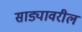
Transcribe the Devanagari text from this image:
साड्यावरील